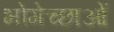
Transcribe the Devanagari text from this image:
भोगेच्छाओं